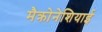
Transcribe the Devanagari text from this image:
मैक्रोनेशियाई